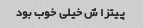
پیتزا ش خیلی خوب بود